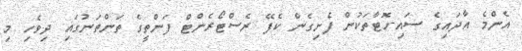
އެންމެ އާދައިގެ ސައި-ހޮޓާތަކުން ފެށިގެން ކެފޭ ރެސްޓޯރެންޓް ފަންތީގެ ތަންތަނުގައި ދިވެހި މި